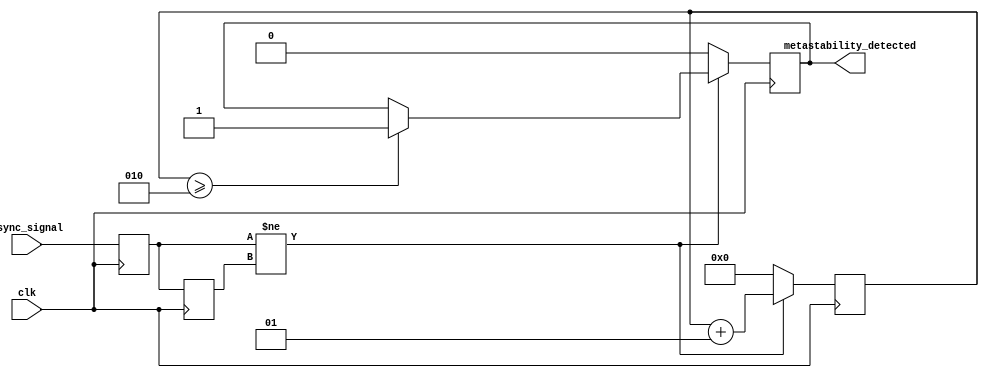
module metastability_detector (
    input wire clk,           // Clock signal
    input wire async_signal,  // Asynchronous input signal to be monitored
    output reg metastability_detected // Output signal indicating metastability
);

    // Latch outputs
    reg latch1_out;
    reg latch2_out;

    // Parameters for defining the metastability condition
    parameter METASTABILITY_THRESHOLD = 2; // Number of clock cycles to check metastability

    // Count for checking stability
    integer stability_count;

    initial begin
        metastability_detected = 1'b0;
        stability_count = 0;
        latch1_out = 1'b0;
        latch2_out = 1'b0;
    end

    // First Latch (L1)
    always @(posedge clk) begin
        latch1_out <= async_signal;
    end

    // Second Latch (L2)
    always @(posedge clk) begin
        latch2_out <= latch1_out;
    end

    // Metastability Detection Logic
    always @(posedge clk) begin
        if (latch1_out != latch2_out) begin
            // Outputs from latches differ, indicating potential metastability
            stability_count <= stability_count + 1;

            // Check if we've detected metastability over the defined threshold
            if (stability_count >= METASTABILITY_THRESHOLD) begin
                metastability_detected <= 1'b1; // Indicate metastability detected
            end
        end else begin
            // Reset stability count if outputs stabilize
            stability_count <= 0;
            metastability_detected <= 1'b0; // Reset detection output
        end
    end

endmodule